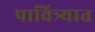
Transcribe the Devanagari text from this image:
पावित्र्यात